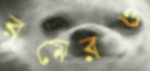
রুমেরও